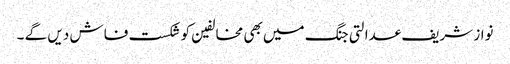
نواز شریف عدالتی جنگ میں بھی مخالفین کو شکست فاش دیں گے ۔